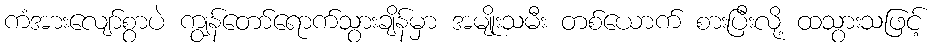
ကံအားလျော်စွာပဲ ကျွန်တော်ရောက်သွားချိန်မှာ အမျိုးသမီး တစ်ယောက် စားပြီးလို့ ထသွားသဖြင့်